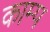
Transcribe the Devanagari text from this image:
काम्प